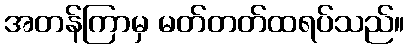
အတန်ကြာမှ မတ်တတ်ထရပ်သည်။